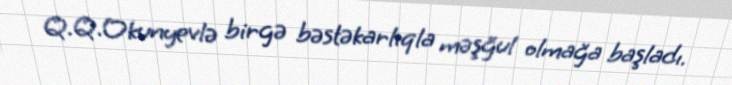
Q.Q.Okunyevlə birgə bəstəkarlıqla məşğul olmağa başladı.